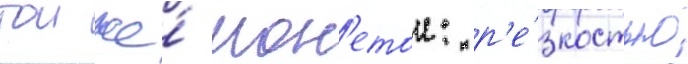
тои же́ мон'етои: р'е́зкостью